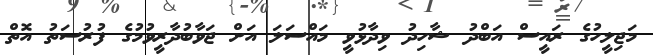
މަޖިލީހުގެ ރައީސް އަބްދު ޝާހިދު ވިދާޅުވީ މައްސަލަ އަށް ޖަވާބުދާރީވުމުގެ ފުރުސަތު އޮތް